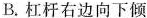
B.杠杆右边向下倾